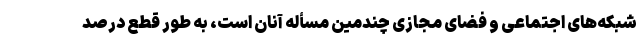
شبکه‌های اجتماعی و فضای مجازی چندمین مسأله آنان است، به طور قطع درصد